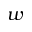
w